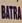
batra